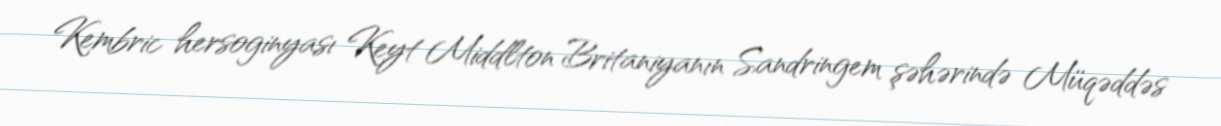
Kembric hersoginyası Keyt Middlton Britaniyanın Sandringem şəhərində Müqəddəs